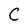
Character: C